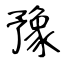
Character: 豫